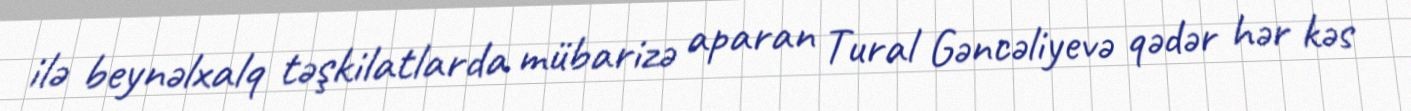
ilə beynəlxalq təşkilatlarda mübarizə aparan Tural Gəncəliyevə qədər hər kəs